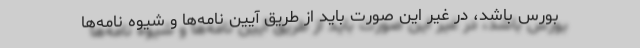
بورس باشد، در غیر این صورت باید از طریق آیین نامه‌ها و شیوه نامه‌ها